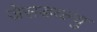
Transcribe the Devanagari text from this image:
जेसडब्ल्यु